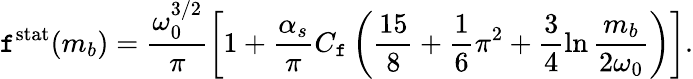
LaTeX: \mathtt{f}^{\mathrm{{stat}}}(m_{b})=\frac{{\omega_{0}^{3/2}}}{{\pi}}\left[1+\frac{{\alpha_{s}}}{{\pi}}C_{\mathtt{f}}\left(\frac{{15}}{{8}}+\frac{{1}}{{6}}\pi^{2}+\frac{{3}}{{4}}\ln\frac{{m_{b}}}{{2\omega_{0}}}\right)\right].